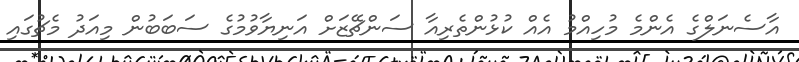
އާސެނަލްގެ އެންމެ މުހިއްމު އެއް ކުޅުންތެރިއާ ސަންޗޭޒަށް އަނިޔާވުމުގެ ސަބަބުން މިއަދު މެޗުގައި